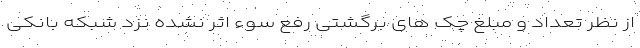
از نظر تعداد و مبلغ چک های برگشتی رفع سوء اثر نشده نزد شبکه بانکی